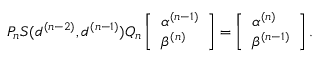
P _ { n } S ( d ^ { ( n - 2 ) } , d ^ { ( n - 1 ) } ) Q _ { n } \left[ \begin{array} { l } { \alpha ^ { ( n - 1 ) } } \\ { \beta ^ { ( n ) } } \end{array} \right] = \left[ \begin{array} { l } { \alpha ^ { ( n ) } } \\ { \beta ^ { ( n - 1 ) } } \end{array} \right] .